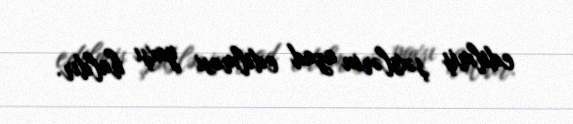
edilmiş şəxslərin azad edilməsi yaxşı haldır.